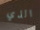
الذي